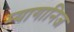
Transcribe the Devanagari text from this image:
म्यागानिज